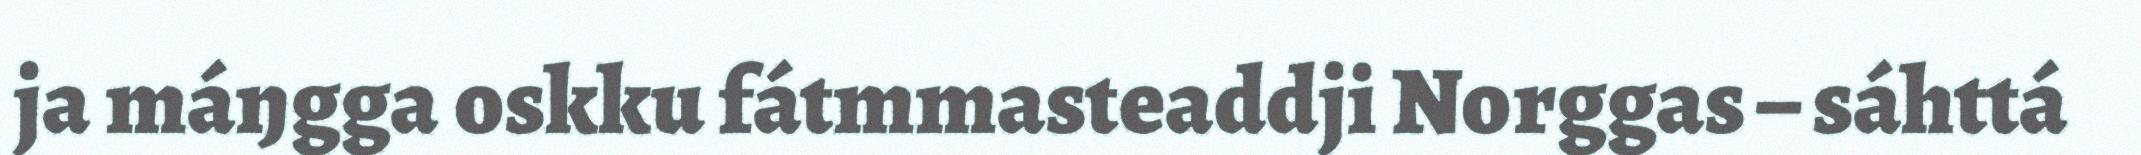
ja máŋgga oskku fátmmasteaddji Norggas – sáhttá